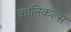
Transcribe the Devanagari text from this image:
क्रानिकल्स